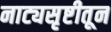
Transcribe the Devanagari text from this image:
नाट्यसृष्टीतून